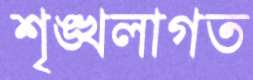
শৃঙ্খলাগত